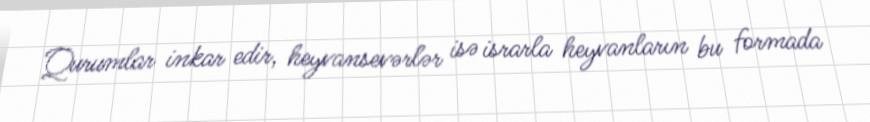
Qurumlar inkar edir, heyvansevərlər isə israrla heyvanların bu formada